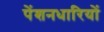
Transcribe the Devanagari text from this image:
पेंशनधारियों